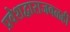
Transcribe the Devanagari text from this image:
प्रवेशद्वाराजवळही